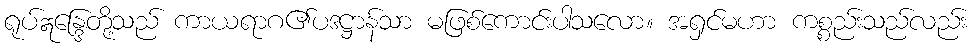
ရုပ်ဣန္ဒြေတို့သည် ကာယရာဂ၏ပဒဋ္ဌာန်သာ မဖြစ်ကောင်းပါသလော။ အရှင်မဟာ ကစ္စည်းသည်လည်း